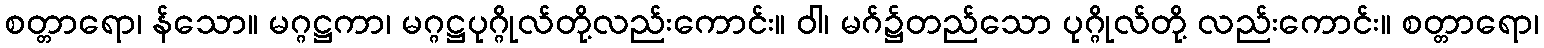
စတ္တာရော၊ န်သော။ မဂ္ဂဋ္ဌကာ၊ မဂ္ဂဋ္ဌပုဂ္ဂိုလ်တို့လည်းကောင်း။ ဝါ၊ မဂ်၌တည်သော ပုဂ္ဂိုလ်တို့ လည်းကောင်း။ စတ္တာရော၊